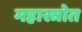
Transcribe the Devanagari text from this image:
महास्त्रोत